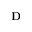
{ \bf D }